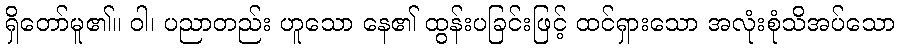
ရှိတော်မူ၏။ ဝါ၊ ပညာတည်း ဟူသော နေ၏ ထွန်းပခြင်းဖြင့် ထင်ရှားသော အလုံးစုံသိအပ်သော